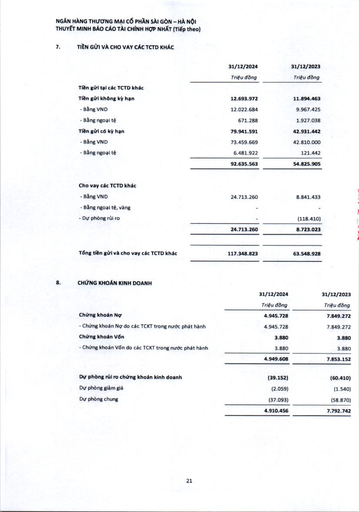
||31/12/2024 Triệu đồng|31/12/2023 Triệu đồng| |---|---|---| |Tiền gửi tại các TCTD khác||| |Tiền gửi không kỳ hạn|12.693.972|11.894.463| |- Bằng VND|12.022.684|9.967.425| |- Bằng ngoại tệ|671.288|1.927.038| |Tiền gửi có kỳ hạn|79.941.591|42.931.442| |- Bằng VND|73.459.669|42.810.000| |- Bằng ngoại tệ|6.481.922|121.442| ||92.635.563|54.825.905| |Cho vay các TCTD khác||| |- Bằng VND|24.713.260|8.841.433| |- Bằng ngoại tệ, vàng|-|| |- Dự phòng rủi ro|-|(118.410)| ||24.713.260|8.723.023| |||| |Tổng tiền gửi và cho vay các TCTD khác|117.348.823|63.548.928| ||31/12/2024|31/12/2023| |---|---|---| ||Triệu đồng|Triệu đồng| |Chứng khoán Nợ|4.945.728|7.849.272| |- Chứng khoán Nợ do các TCKT trong nước phát hành|4.945.728|7.849.272| |Chứng khoán Vốn|3.880|3.880| |- Chứng khoán Vốn do các TCKT trong nước phát hành|3.880|3.880| ||4.949.608|7.853.152| |Dự phòng rủi ro chứng khoán kinh doanh|(39.152)|(60.410)| |Dự phòng giảm giá|(2.059)|(1.540)| |Dự phòng chung|(37.093)|(58.870)| ||4.910.456|7.792.742|